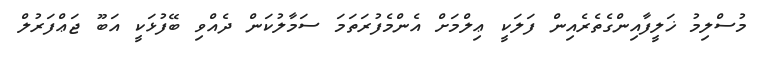
މުސްލިމު ޚަލީފާއިންގެތެރެއިން ފަލަކީ ޢިލްމަށް އެންމެފުރަތަމަ ސަމާލުކަން ދެއްވި ބޭފުޅަކީ އަބޫ ޖަޢްފަރުލް